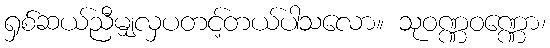
ရှစ်ဆယ်ညီမျှလှပတင့်တယ်ပါသလော။ သုဝဏ္ဏဝဏ္ဏော၊